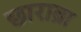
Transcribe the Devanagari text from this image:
छाराब्रा